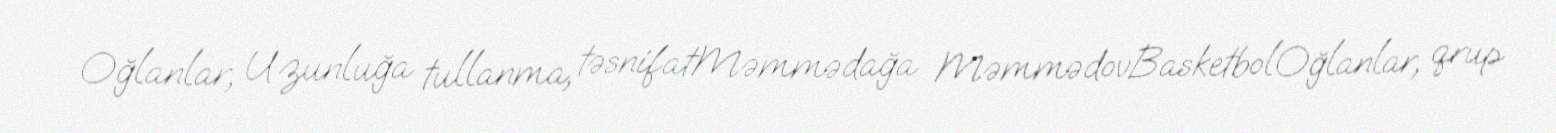
Oğlanlar, Uzunluğa tullanma, təsnifatMəmmədağa MəmmədovBasketbolOğlanlar, qrup